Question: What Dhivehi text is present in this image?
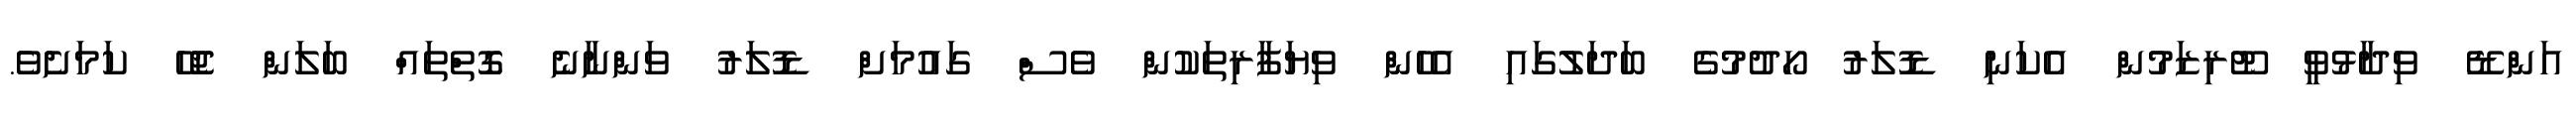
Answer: އަންޑޭ ވިދާޅުވީ ޓޫރިޒަމުން އެކަނި ޑޮލަރު ހޯދުމުގެ ބަދަލުގައި އެހެން ވިޔަފާރިތަކުން ވެސް ގައުމަށް ޑޮލަރު ވަންނާނެ ގޮތްތައް ބަލަން ޖެހޭ ކަމަށެވެ.